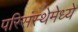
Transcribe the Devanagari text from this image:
परिसंस्थेमेध्ये